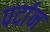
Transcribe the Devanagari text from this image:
पर्दान